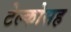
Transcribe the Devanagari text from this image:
टेल्कोसह